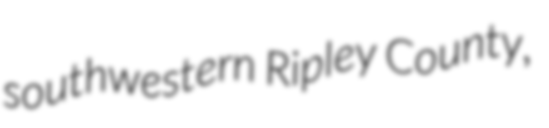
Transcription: southwestern Ripley County,